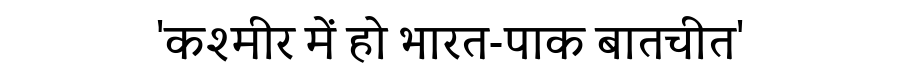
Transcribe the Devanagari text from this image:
'कश्मीर में हो भारत-पाक बातचीत'